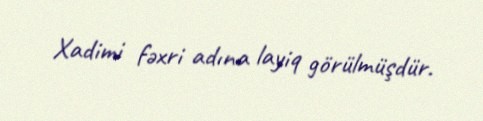
Xadimi fəxri adına layiq görülmüşdür.